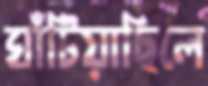
ঘাঁটিয়াছিলে